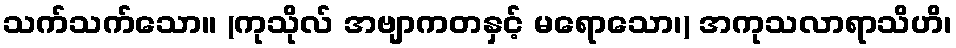
သက်သက်သော။ (ကုသိုလ် အဗျာကတနှင့် မရောသော၊) အကုသလာရာသိဟိ၊